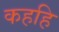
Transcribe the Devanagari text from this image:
कहहि